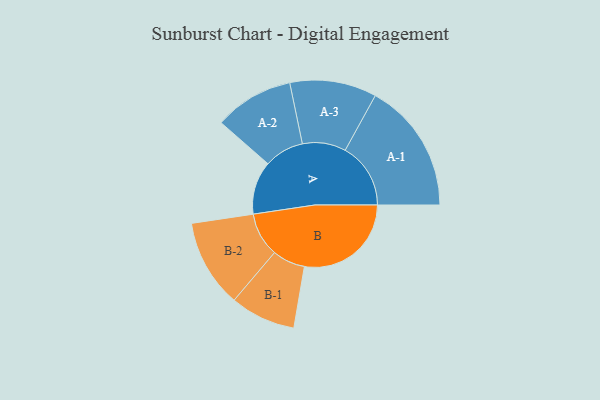
{"axis": {"x": "Segment", "y": "Value"}, "legend": ["", "A", "B"], "data": [{"x": "A", "y": 229, "type": ""}, {"x": "B", "y": 460, "type": ""}, {"x": "A-1", "y": 282, "type": "A"}, {"x": "A-2", "y": 171, "type": "A"}, {"x": "A-3", "y": 187, "type": "A"}, {"x": "B-1", "y": 141, "type": "B"}, {"x": "B-2", "y": 190, "type": "B"}]}